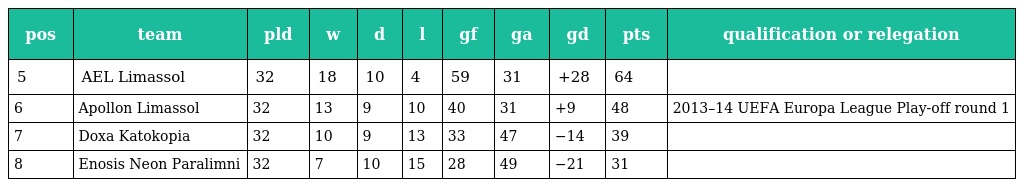
| pos | team | pld | w | d | l | gf | ga | gd | pts | qualification or relegation |
 | --- | --- | --- | --- | --- | --- | --- | --- | --- | --- | --- |
 | 5 | AEL Limassol | 32 | 18 | 10 | 4 | 59 | 31 | +28 | 64 |  |
 | 6 | Apollon Limassol | 32 | 13 | 9 | 10 | 40 | 31 | +9 | 48 | 2013–14 UEFA Europa League Play-off round 1 |
 | 7 | Doxa Katokopia | 32 | 10 | 9 | 13 | 33 | 47 | −14 | 39 |  |
 | 8 | Enosis Neon Paralimni | 32 | 7 | 10 | 15 | 28 | 49 | −21 | 31 |  |